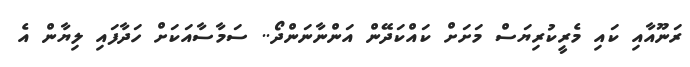
ރަނޫއާއި ކައި މެރީކުރިޔަސް މަށަށް ކައްކަދޭން އަންނާނަންދޯ.. ސަމާސާއަކަށް ހަދާފައި ލިޔާން އެ